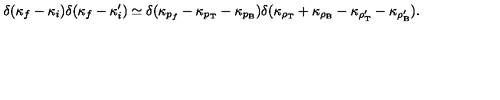
\delta ( \kappa _ { f } - \kappa _ { i } ) \delta ( \kappa _ { f } - \kappa _ { i } ^ { \prime } ) \simeq \delta ( \kappa _ { p _ { f } } - \kappa _ { p _ { \mathrm { T } } } - \kappa _ { p _ { \mathrm { B } } } ) \delta ( \kappa _ { \rho _ { \mathrm { T } } } + \kappa _ { \rho _ { \mathrm { B } } } - \kappa _ { \rho _ { \mathrm { T } } ^ { \prime } } - \kappa _ { \rho _ { \mathrm { B } } ^ { \prime } } ) .